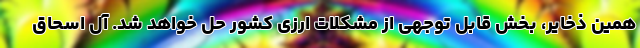
همین ذخایر، بخش قابل توجهی از مشکلات ارزی کشور حل خواهد شد. آل اسحاق